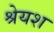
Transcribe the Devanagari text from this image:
श्रेयश